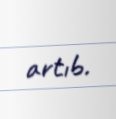
artıb.